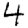
Digit: 4